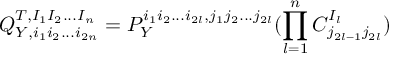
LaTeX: Q _ { Y , i _ { 1 } i _ { 2 } . . . i _ { 2 n } } ^ { T , I _ { 1 } I _ { 2 } . . . I _ { n } } = P _ { Y } ^ { i _ { 1 } i _ { 2 } . . . i _ { 2 l } , j _ { 1 } j _ { 2 } . . . j _ { 2 l } } ( \prod _ { l = 1 } ^ { n } C _ { j _ { 2 l - 1 } j _ { 2 l } } ^ { I _ { l } } )